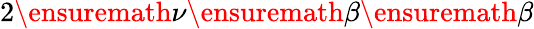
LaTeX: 2\ensuremath{\nu}\ensuremath{\beta}\ensuremath{\beta}